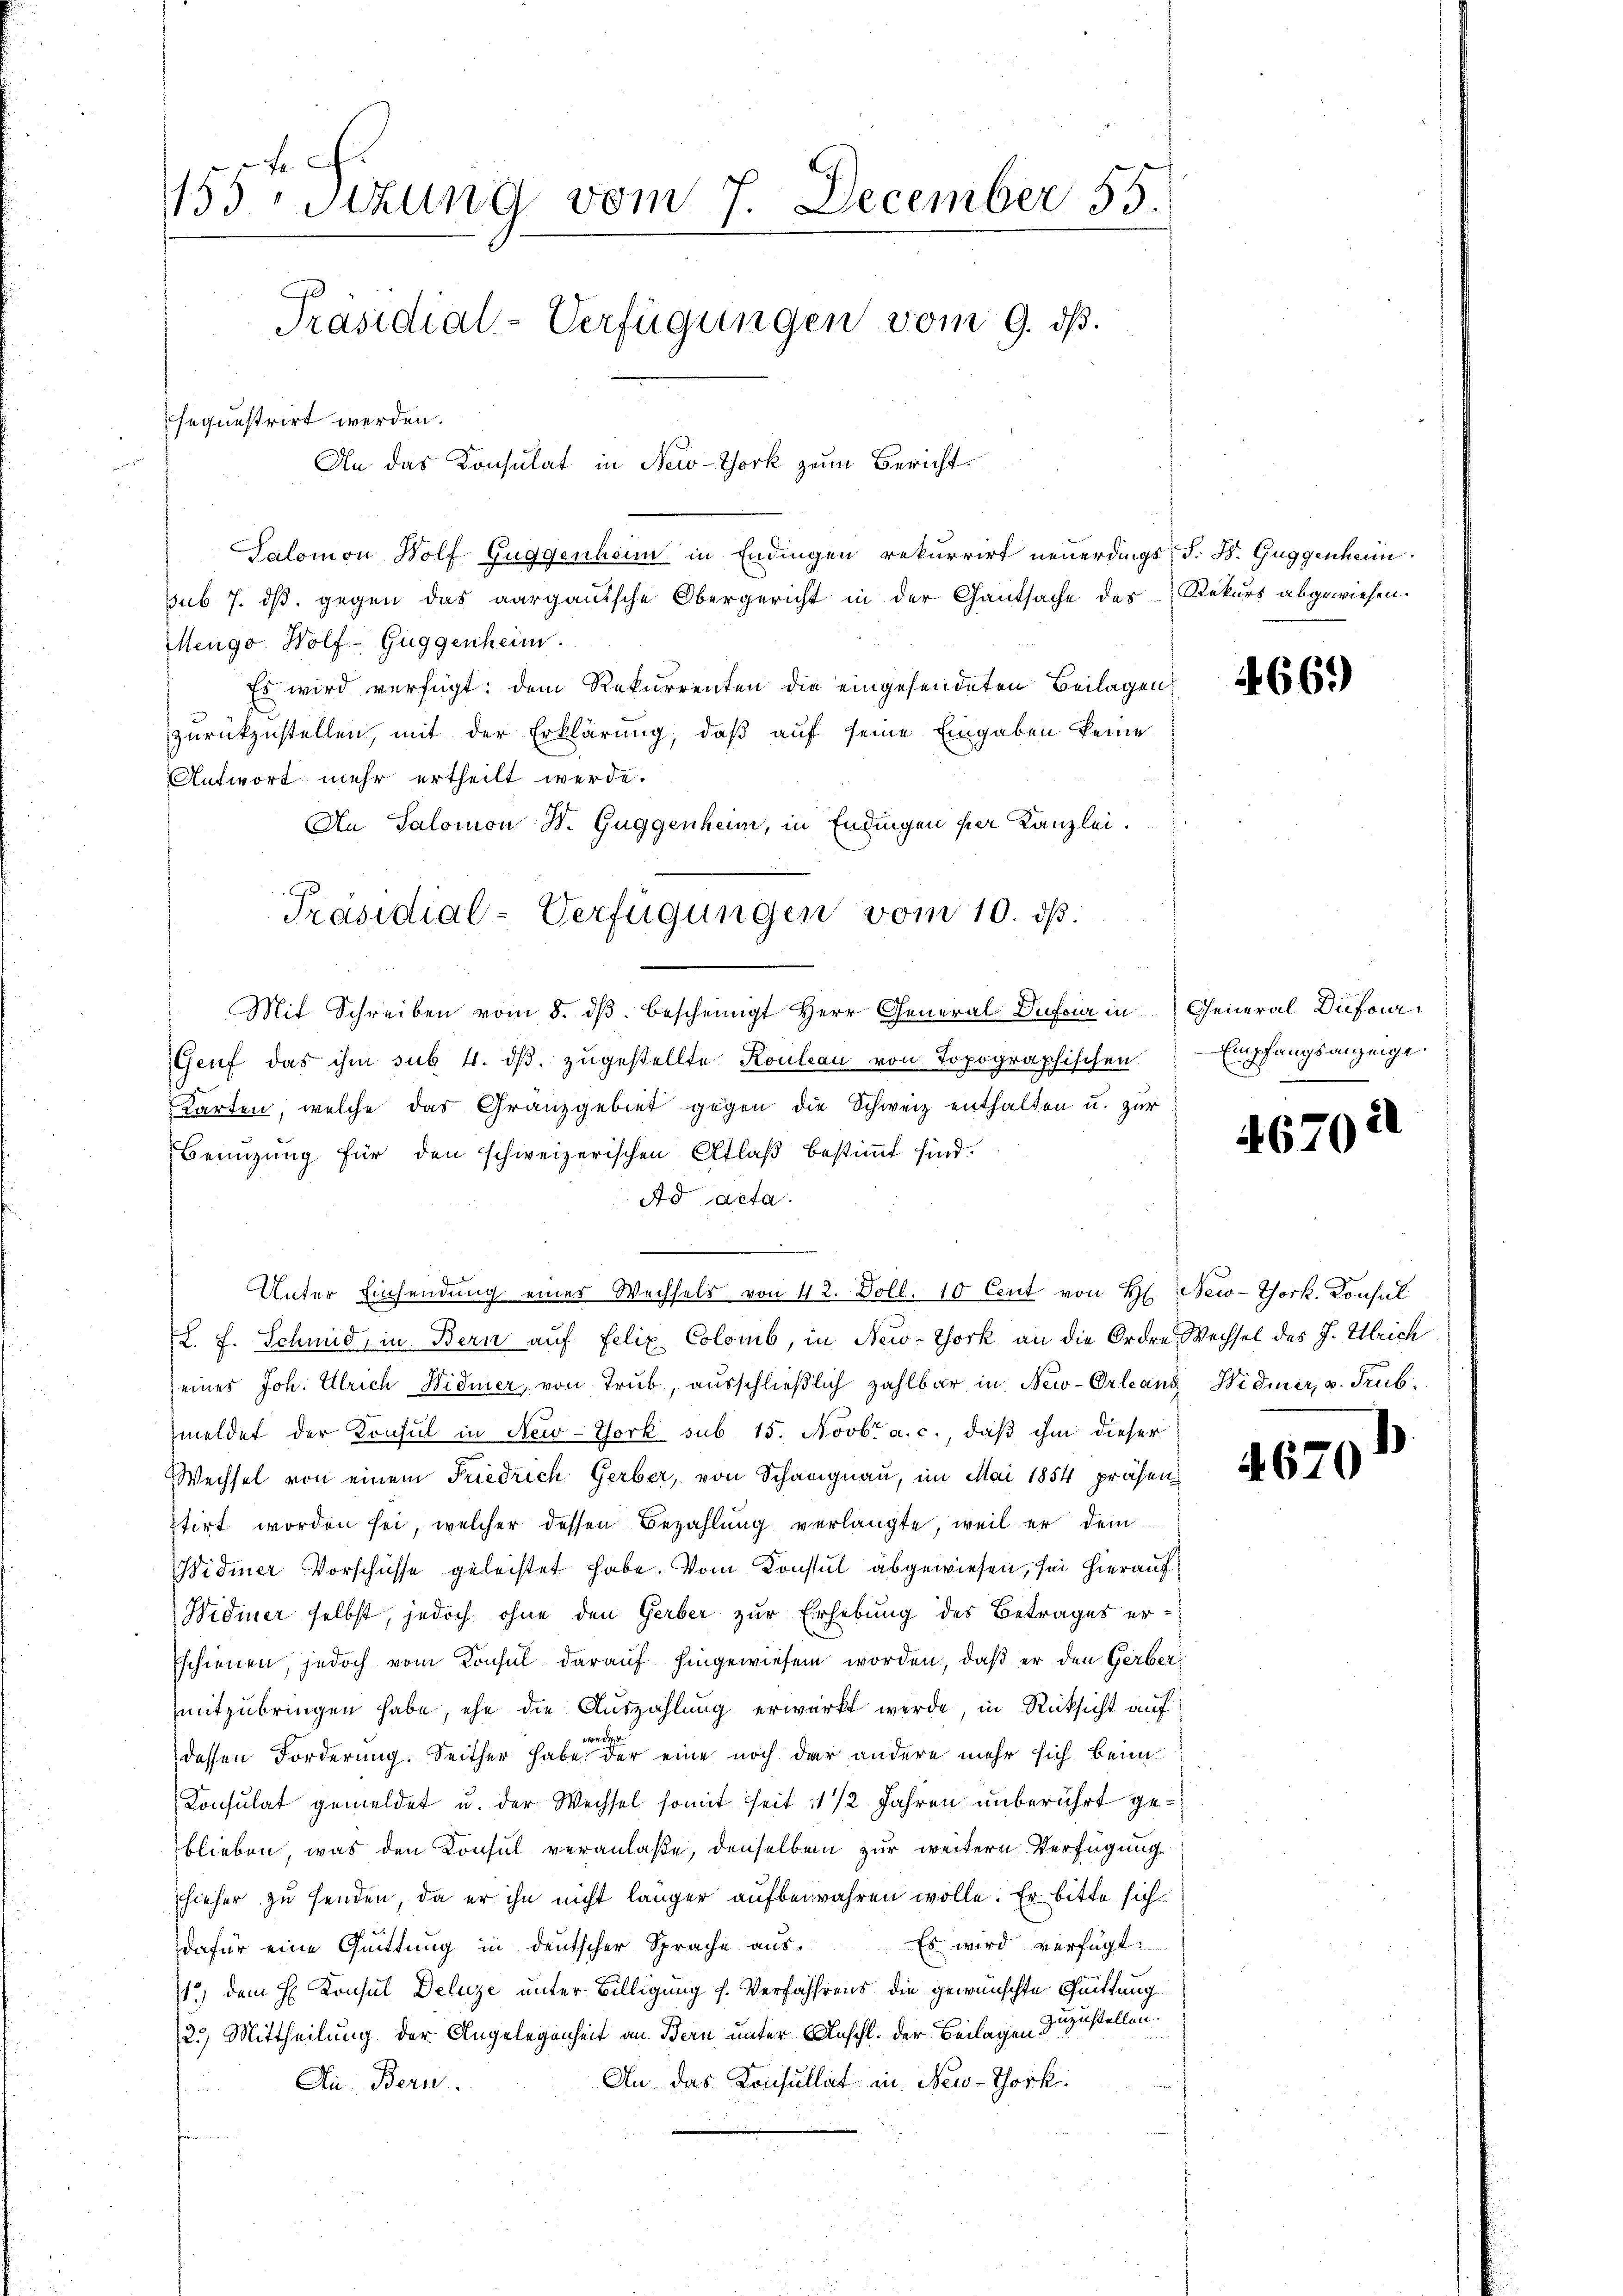
153 sezung vom 7. December 55.
Präsidial-Verfügungen vom 9. ds.
sequestrirt werden.
An das Konsulat in New-York zum Bericht
Salomon Wolf Guggenheim in Endingen rekurrirt neuerdings, S. B. Guggenhei

Präsidial-Verfügungen vom 10. ds.

Unter Einsendung eines Wechsels von 42. Doll. 10 Cent von H. New-York. Konsul

sub 7. ds. gegen das aargauische Obergericht in der Gautsache des Rekurs abgewiesen.
Mengo Wolf Guggenheim.
Es wird verfügt: dem Rekurrenten die eingesendeten Beilagen
zurückzustellen, mit der Erklärung, daß auf seine Eingaben keine
Antwort mehr ertheilt werde.
An Salomon B. Guggenheim, in Endingen per Kanzlei.
Mit Schreiben vom 8. dβ bescheinigt Herr General-Dufour in General Dufour¬
Genf das ihm sub. 4. dβ zŭgestellte Kouleau von Topographischen
Karten, welche das Granzgebiet gegen die Schweiz enthalten u. zur
Benuzung für den schweizerischen Atlaß bestimmt sind.
Ad acta.
.
L. f. Schmid, in Bern auf Felix Colomb, in New-York an die Ordre Wechsel des J. Ulrich
eines Joh. Ulrich Widmer, von Trub, ausschließlich zahlbar in New-Orleans Widmer, u. Trub.
meldet der Konsul in New-York sub 15. Novbr. a. c., daß ihm dieser
Wechsel von einem Friedrich Gerber, von Schangnau, im Mai 1854 präsen
stirt worden sei, welcher dessen Bezahlung verlangte, weil er dein
Widmer Vorschüsse geleistet habe. Vom Konstal abgewiesen, sei hierauf
Widmer selbst, jedoch ohne den Gerber zur Erhebung des Betrages er¬
Eschienen, jedoch vom Konsul darauf hingewiesen worden, daß er den Gerbermitzubringen habe, ehe die Auszahlung erwirkt werde, in Rücksicht auf
d
dessen Forderung. Seither habe der eine noch dar andere mehr sich beim
Konsulat gemeldet u. der Wechsel somit seit 1/2 Jahren unberührt geblieben, was den Konsul veranlaße, denselben zur weitern Verfügung
hieher zu senden, da er ihn nicht länger aufbewahren wolle. Er bitte sich
Es wird verfügt:
dafür eine Quittung in deutscher Sprache aus.
15) dem H. Konsul Deluze unter Billigung s. Verfahrens die gewünschte Quittung
12.) Mittheilung der Angelegenheit an Bern unter Anschl. der Beilagen zuzustellen.
An das Konsultat in New-York,
An Bern

4669

Empfangsanzeige.

4670

8.

)
4670